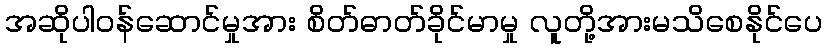
အဆိုပါဝန်ဆောင်မှုအား စိတ်ဓာတ်ခိုင်မာမှု လူတို့အားမသိစေနိုင်ပေ